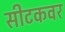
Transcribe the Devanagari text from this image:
सीटकवर